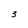
Character: 3